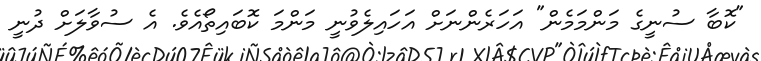
"ކޮބާ ސުނީގެ މަންމަމެން" އަހަރެންނަށް އަހައިލެވުނީ މަންމަ ކޮބައިތޯއެވެ. އެ ސުވާލަށް ދުނީ